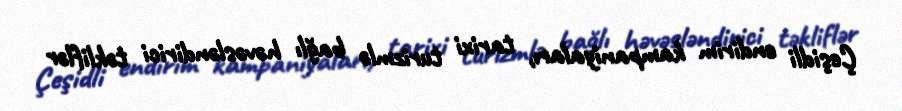
Çeşidli endirim kampaniyaları, tarixi turizmlə bağlı həvəsləndirici təkliflər